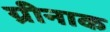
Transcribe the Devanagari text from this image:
ग्रीनाक